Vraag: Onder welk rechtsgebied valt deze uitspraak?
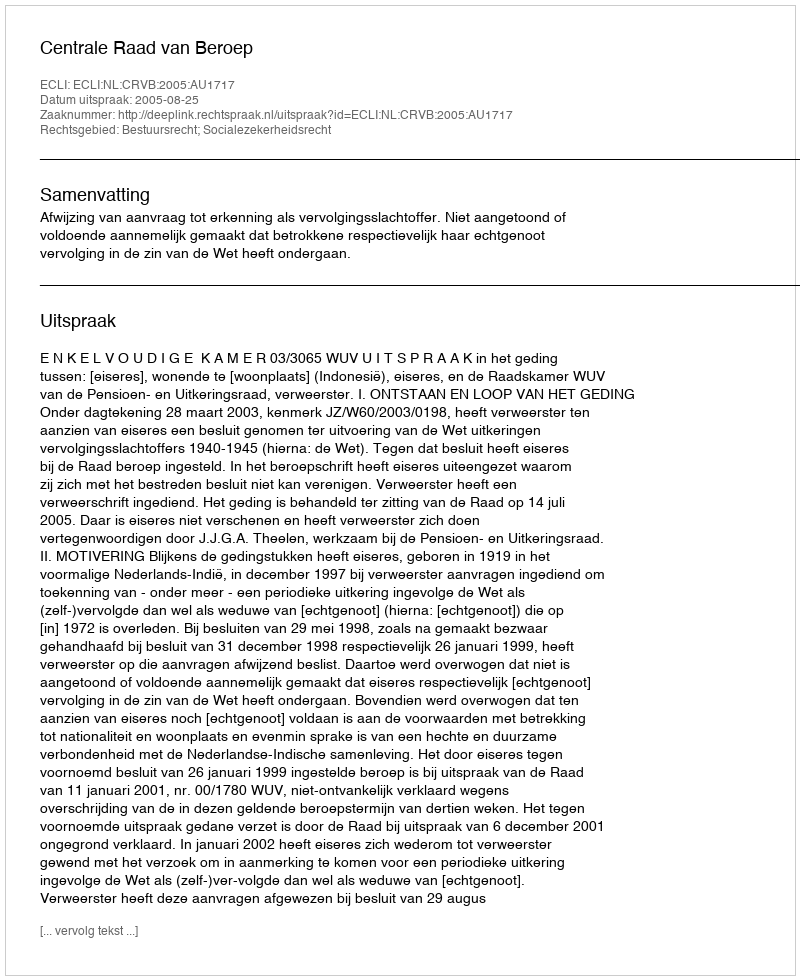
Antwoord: Bestuursrecht; Socialezekerheidsrecht